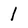
Character: 1